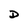
Character: D